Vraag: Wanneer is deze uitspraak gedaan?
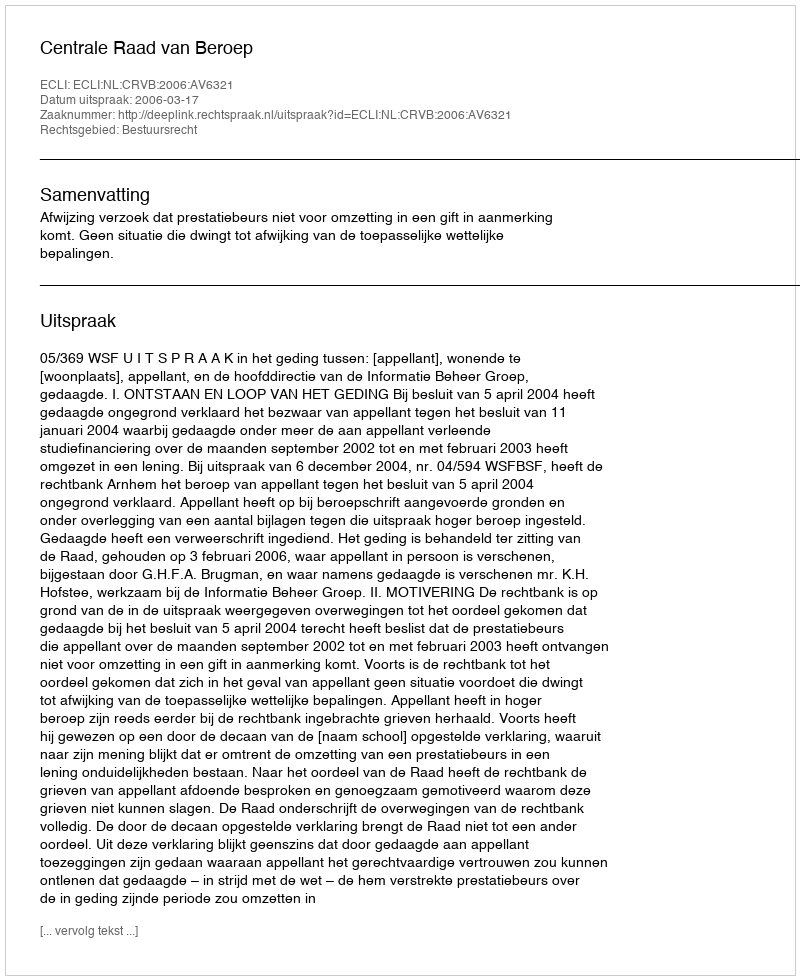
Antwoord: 2006-03-17